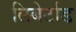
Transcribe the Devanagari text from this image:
लिबेर्टाड